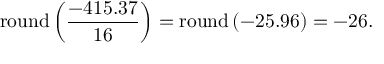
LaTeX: \mathrm { r o u n d } \left( { \frac { - 4 1 5 . 3 7 } { 1 6 } } \right) = \mathrm { r o u n d } \left( - 2 5 . 9 6 \right) = - 2 6 .